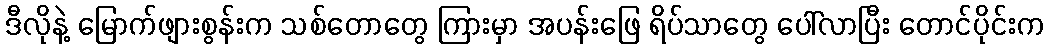
ဒီလိုနဲ့ မြောက်ဖျားစွန်းက သစ်တောတွေ ကြားမှာ အပန်းဖြေ ရိပ်သာတွေ ပေါ်လာပြီး တောင်ပိုင်းက